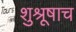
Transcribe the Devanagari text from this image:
शुश्रूषाच